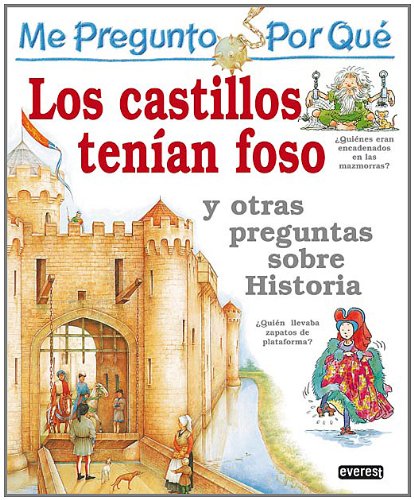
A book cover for Los castillos tenian Foso/ The Castles Had Pits: Y Otras Preguntas Sobre Historia (Enciclopedia "Me Pregunto Por Que) (Spanish Edition); Philip Steele; Children's Books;